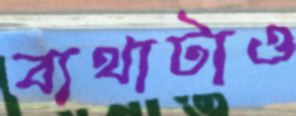
ব্যথাটাও